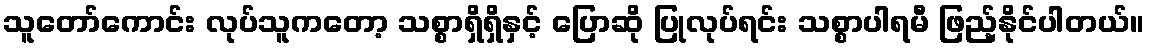
သူတော်ကောင်း လုပ်သူကတော့ သစ္စာရှိရှိနှင့် ပြောဆို ပြုလုပ်ရင်း သစ္စာပါရမီ ဖြည့်နိုင်ပါတယ်။